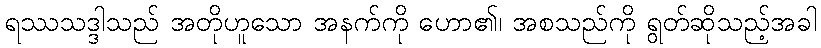
ရဿသဒ္ဒါသည် အတိုဟူသော အနက်ကို ဟော၏၊ အစသည်ကို ရွတ်ဆိုသည့်အခါ